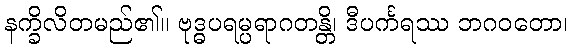
နက္ခိလိတမည်၏။ ဗုဒ္ဓပရမ္ပရာဂတန္တိ၊ ဒီပင်္ကရဿ ဘဂဝတော၊